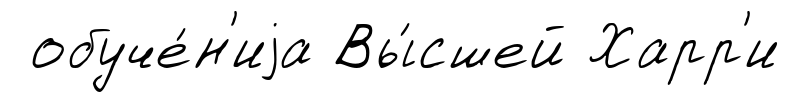
обуче́н'иjа Вы́сшей Харр'и